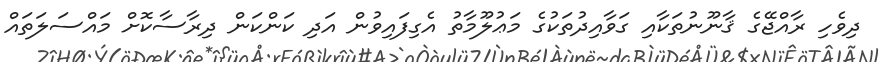
ދިވެހި ރާއްޖޭގެ ޤާނޫނުތަކާއި ގަވާއިދުތަކުގެ މަޢުލޫމާތު އެގިފައިވުން އަދި ކަންކަން ދިރާސާކޮށް މައްސަލަތައް